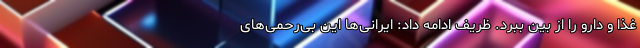
غذا و دارو را از بین ببرد. ظریف ادامه داد: ایرانی‌ها این بی‌رحمی‌های